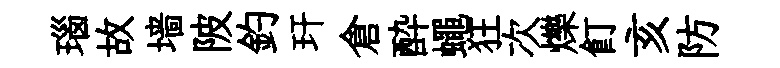
瑙故墙陂釣玕倉酔蠅狂次爍飣亥防